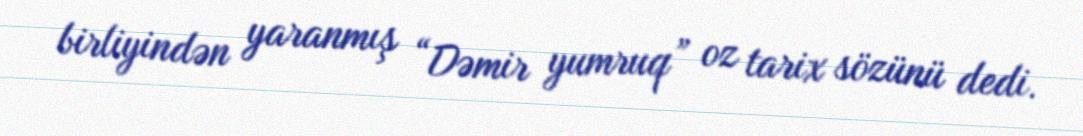
birliyindən yaranmış “Dəmir yumruq” oz tarix sözünü dedi.